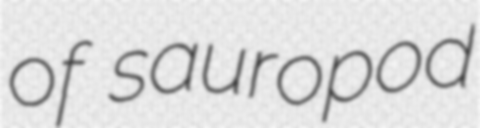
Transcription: of sauropod